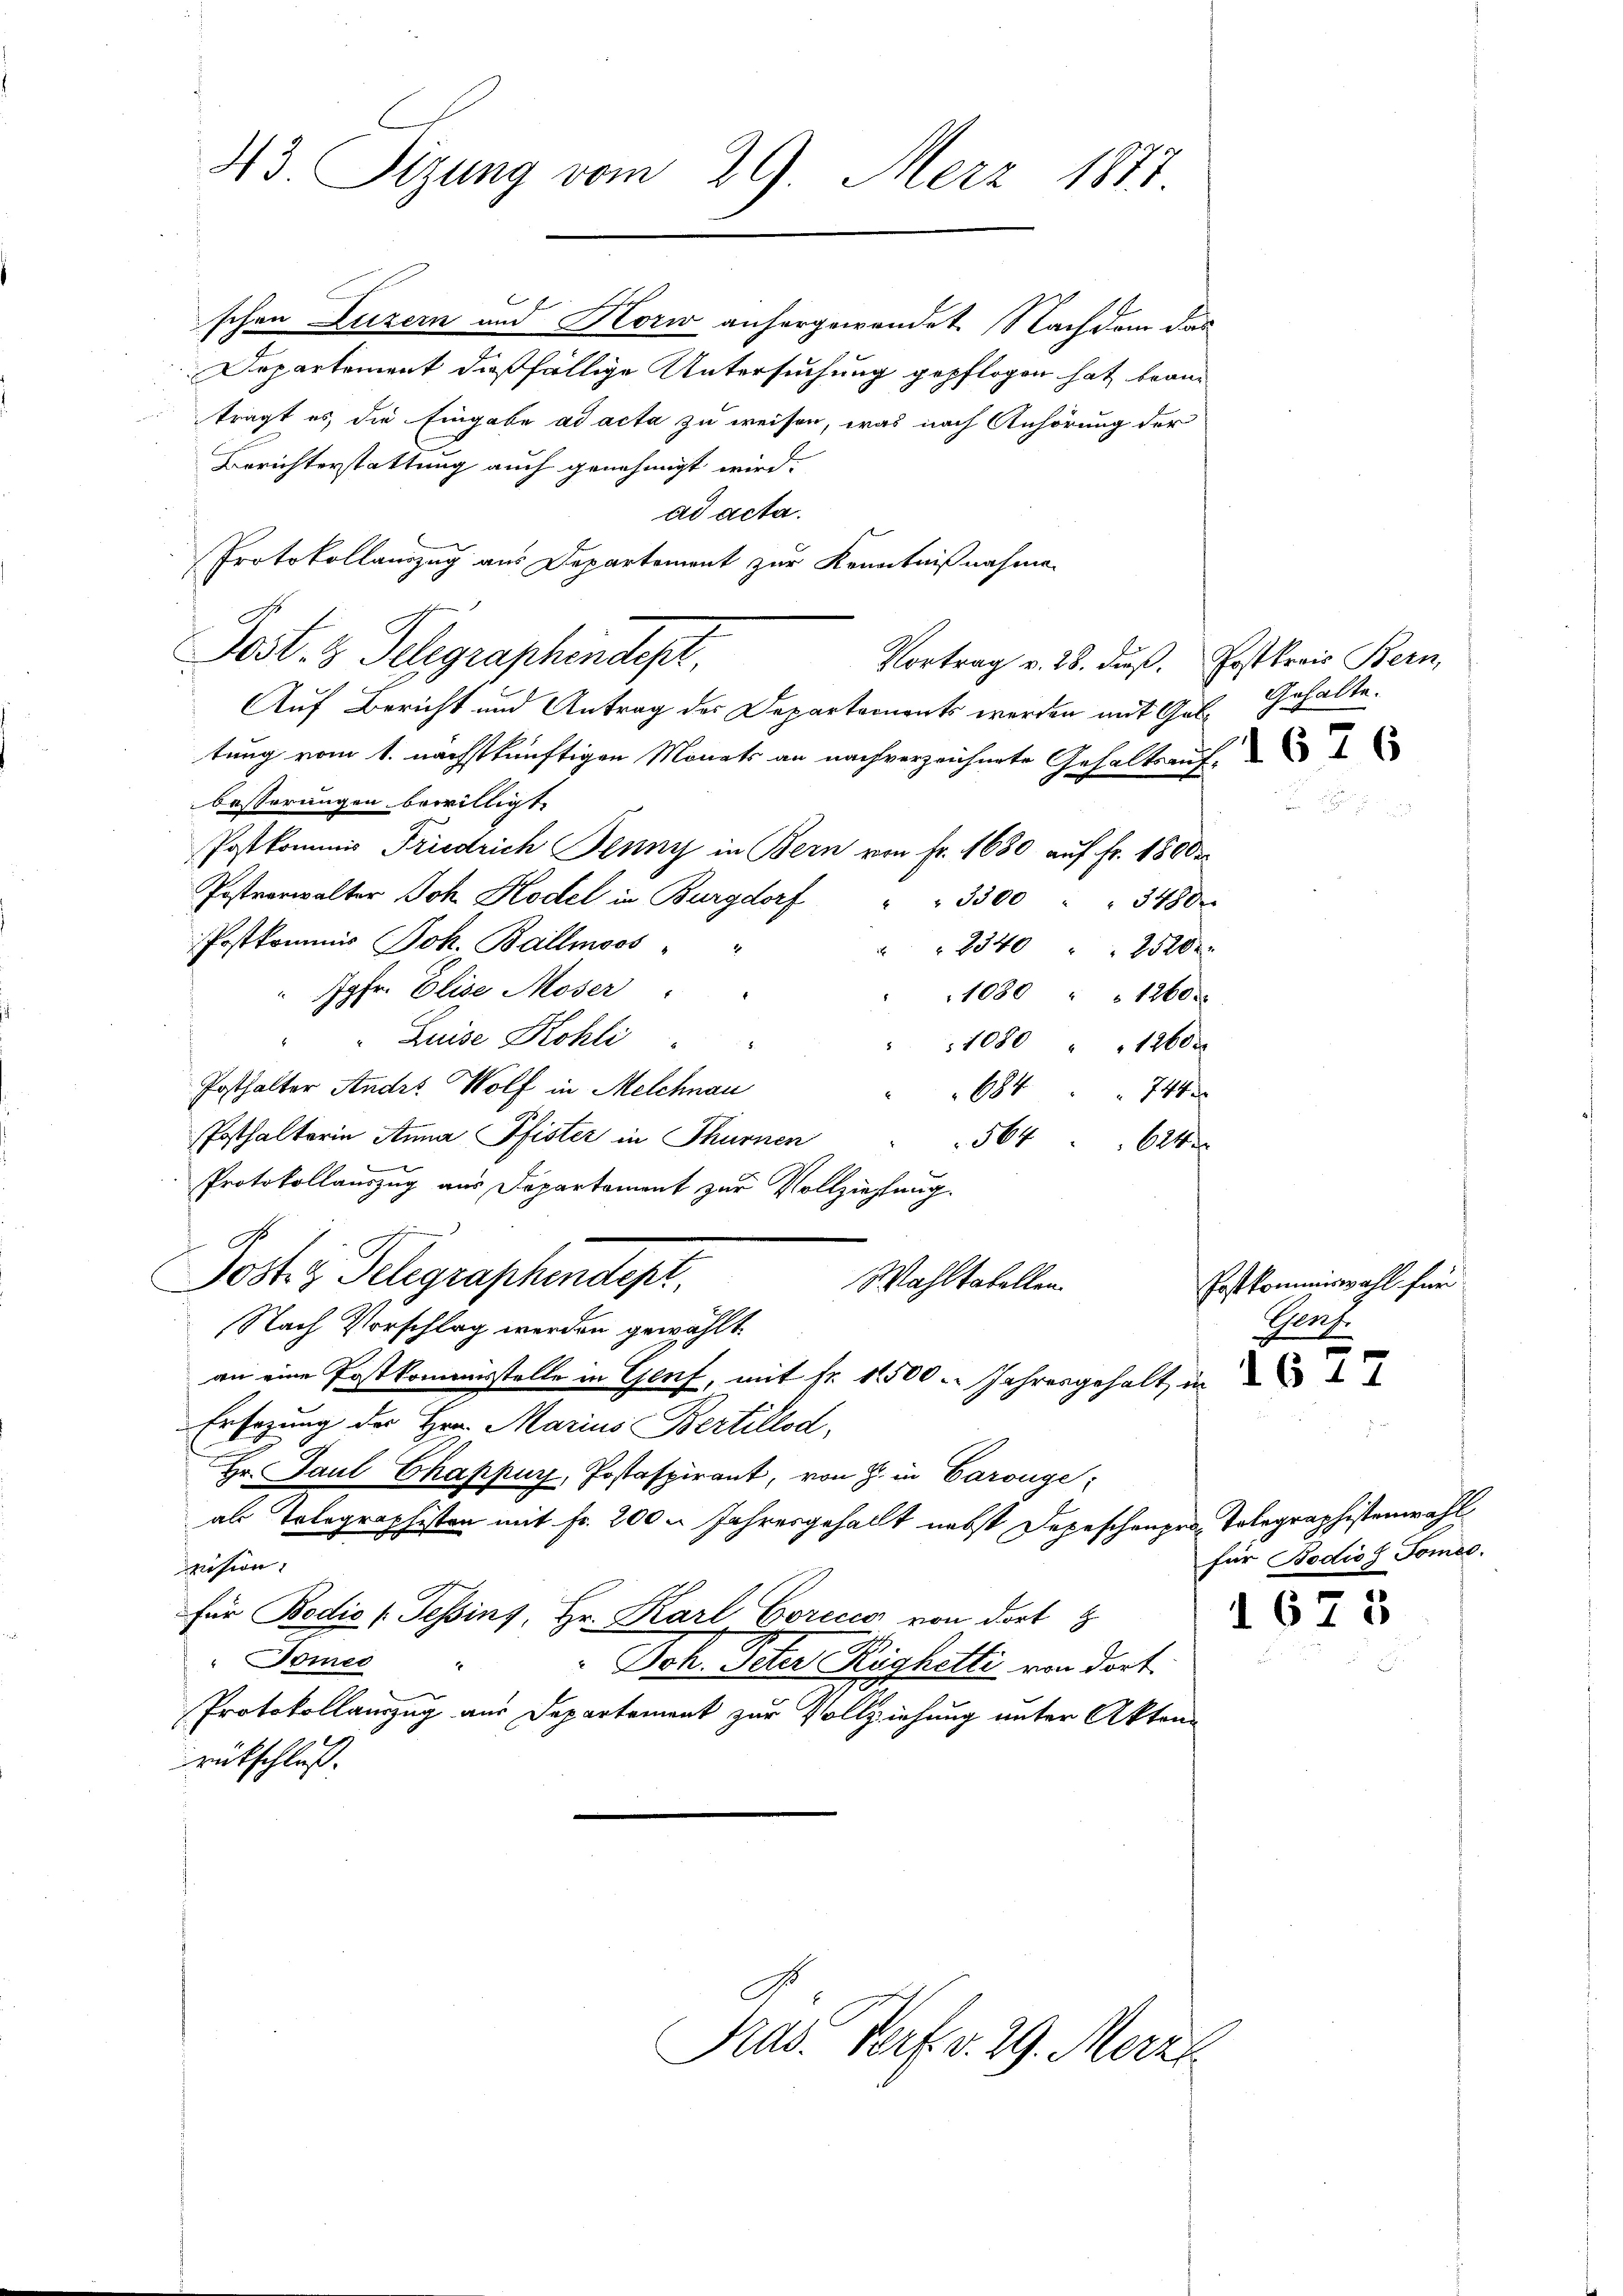
43. Sizung vom 29. März 1877

schen Luzern und Horw anhergewendet. Nachdem das
Departement dießfällige Untersuchung gepflogen hat bean
trägt es, die Eingabe ad acta zu weisen, was nach Anhörung der
Berichterstattung auch genehmigt wird.
ad acta.
Protokollauszug aus Departement zur Kenntnißnahmen
Post. z. Telegraphindest.
Vortrag v. 28. dieß. Erstkreis Bern,
Auf Bericht und Antrag des Departements werden mit Gultung vom 1. nächstkünftigen Monats an nach verzeichnete Gehaltsauf
besserungen bewilligt.
Postkommis Friedrich Jenny in Bern von Fr. 1630 auf fr. 18000
Postverwalter Joh. Rodel in Burgdorf " " 3300 " " 3480.
Postkommis Joh. Ballmoos,
2340 " " 23200.
Jgfr. Elise Moser
1080 " " 12600
Luise Kohli
1080 " " 1260 x
Posthalter Andro Wolf in Melchnau
684
21
Posthalterin Anna Pfister in Thurnen
564624
Protokollauszug aus Departement zur Vollziehung.
Jost z. Telegraphendet.
Wahltabellen.
Nach Vorschlag werden gewählt.
an eine Postkommisstelle in Genf, mit fr. 11500. Jahresgehalt in
Ersezung der Hrn. Marius Bertillod,
Hr. Paul Chappuy, Postaspirant, von H. in Carouge;
als Tolographisten mit fr. 200. Jahresgehallt nebst Depeschenpro Telegraphistenwahl
vision
für Bedio (Tessins, Hr. Karl Gorecio von dort
Bomes
4
Joh. Peter Righetti von dort.
Protokollauszug aus Departement zur Vollziehung unter Akten
rütschluß.

Präs. Verf. v. 29. Merzt

Gehalte.

Postkommiswahl für
Ruf.

für Bodios Tomeo.
1675